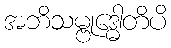
အဘိသမ္ဗုဒ္ဓေါတိပိ